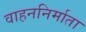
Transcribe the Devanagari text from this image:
वाहननिर्माता